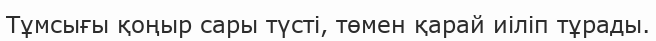
Тұмсығы қоңыр сары түсті, төмен қарай иіліп тұрады.